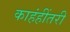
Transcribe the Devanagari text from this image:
काहंहींतरी